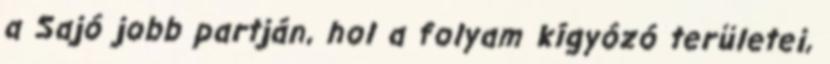
a Sajó jobb partján, hol a folyam kígyózó területei,